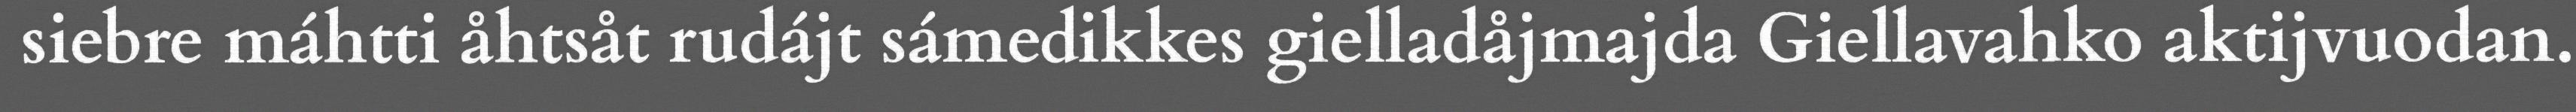
siebre máhtti åhtsåt rudájt sámedikkes gielladåjmajda Giellavahko aktijvuodan.